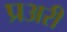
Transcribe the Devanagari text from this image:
प्रअरी